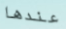
عندها